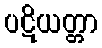
ပဋိယတ္တာ